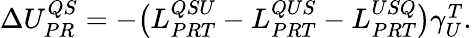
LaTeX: \begin{array}{r}{\Delta U_{PR}^{QS}=-\big(L_{PRT}^{QSU}-L_{PRT}^{QUS}-L_{PRT}^{USQ}\big)\gamma_{U}^{T}.}\end{array}